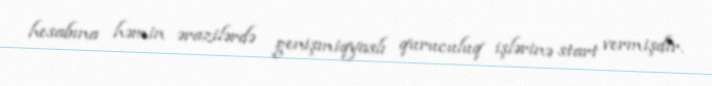
hesabına həmin ərazilərdə genişmiqyaslı quruculuq işlərinə start vermişdir.